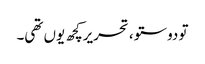
تو دوستو ، تحریرکچھ یوں تھی۔